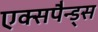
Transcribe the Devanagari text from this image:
एक्सपैन्ड्स